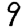
Digit: 9